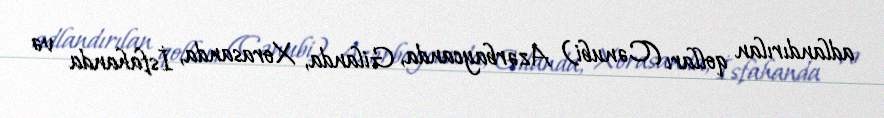
adlandırılan qolları (Cənubi) Azərbaycanda, Gilanda, Xorasanda, İsfahanda və